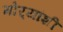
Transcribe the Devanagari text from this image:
मोर्‍यांशी